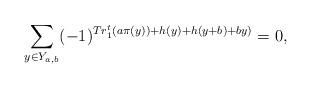
LaTeX: \begin{align*}\sum_{y \in Y_{a,b}} (-1)^{Tr_1^t(a \pi(y)) + h(y) + h(y+b) +by)} = 0,\end{align*}